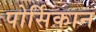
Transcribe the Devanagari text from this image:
पोर्सिकान